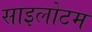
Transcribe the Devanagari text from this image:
साइलोटम